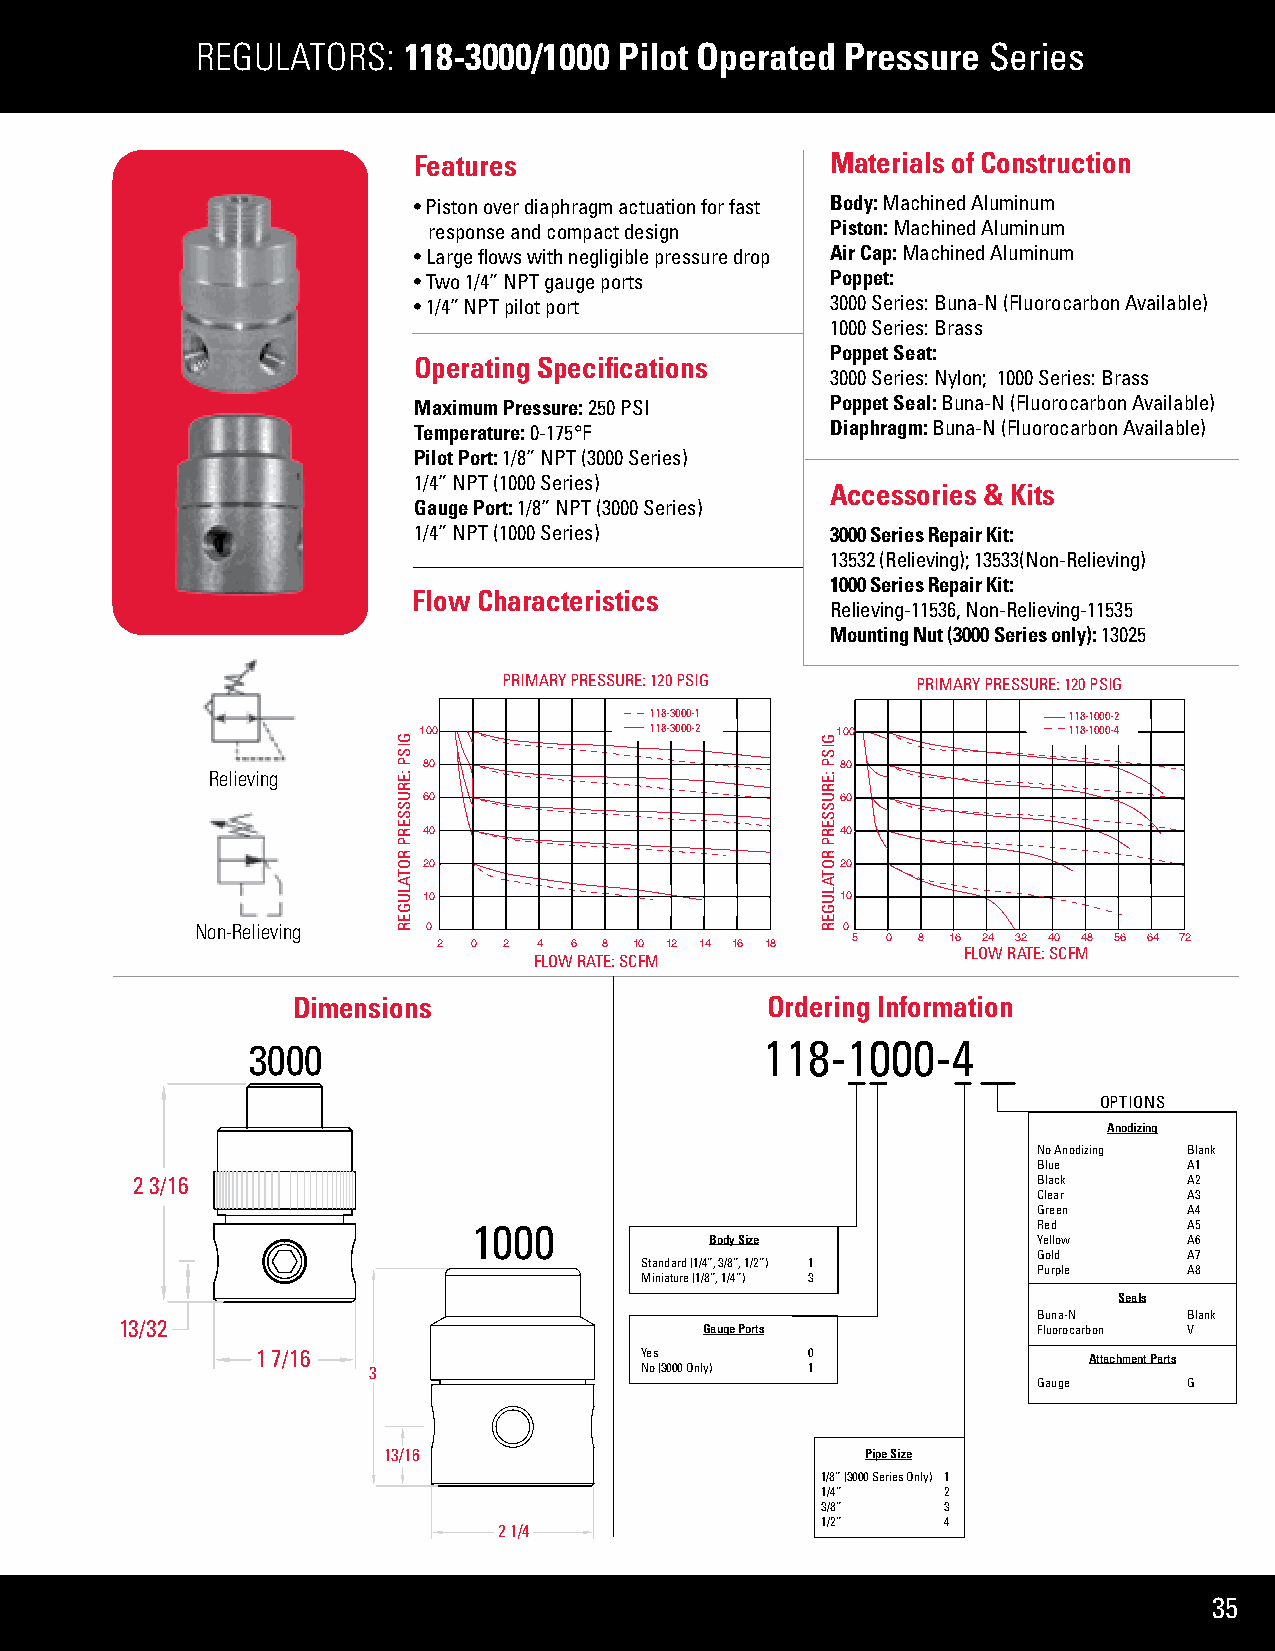
REGULATORS:   118-3000/1000 Pilot Operated Pressure Series
 Features                    Materials of Construction
 • Piston over diaphragm actuation for fast Body: Machined Aluminum
 response and compact design Piston: Machined Aluminum
 • Large flows with negligible pressure drop Air Cap: Machined Aluminum
 • Two 1/4” NPT gauge ports  Poppet:
 • 1/4” NPT pilot port       3000 Series: Buna-N (Fluorocarbon Available)
 1000 Series: Brass
 Poppet Seat:
 Operating Specifications
 3000 Series: Nylon; 1000 Series: Brass
 Maximum Pressure: 250 PSI   Poppet Seal: Buna-N (Fluorocarbon Available)
 Temperature: 0-175°F        Diaphragm: Buna-N (Fluorocarbon Available)
 Pilot Port: 1/8” NPT (3000 Series)
 1/4” NPT (1000 Series)
 Accessories & Kits
 Gauge Port: 1/8” NPT (3000 Series)
 1/4” NPT (1000 Series)      3000 Series Repair Kit:
 13532 (Relieving); 13533(Non-Relieving)
 1000 Series Repair Kit:
 Flow Characteristics
 Relieving-11536, Non-Relieving-11535
 Mounting Nut (3000 Series only): 13025
 PRIMARY PRESSURE: 120 PSIG  PRIMARY PRESSURE: 120 PSIG
 118-3000-1                  118-1000-2
 100            118-3000-2  100             118-1000-4
 80                          80
 Relieving
 60                          60
 40                          40
 20                          20
 10                          10
 Non-Relieving  0                           0
 2 0 2  4 6 8 10 12 14 16 18 5 0 8 16 FLO24 W R3 A2 TE: 4 S0 CFM48 56 64 72
 FLOW RATE: SCFM
 Dimensions                      Ordering Information
 3000                               118-1000-4
 OPTIONS
 Anodizing
 No Anodizing Blank
 Blue      A1
 2 3/16                                                      Black     A2
 Clear     A3
 Green     A4
 1000                                  Red       A5
 Body Size             Yellow    A6
 Gold      A7
 Standard (1/4”, 3/8”, 1/2”) 1 Purple A8
 Miniature (1/8”, 1/4”) 3
 Seals
 Buna-N    Blank
 13/32                                  Gauge Ports           Fluorocarbon V
 1 7/16                   Yes        0                  Attachment Parts
 3                 No (3000 Only) 1
 Gauge     G
 13/16                           Pipe Size
 1/8” (3000 Series Only) 1
 1/4”    2
 3/8”    3
 1/2”    4
 2 1/4
 35
 GISP
 :ERUSSERP
 ROTALUGER
 GISP
 :ERUSSERP
 ROTALUGER